Vaccination in the Punjab 1867-1880 - 1867-1880
Year: 1867
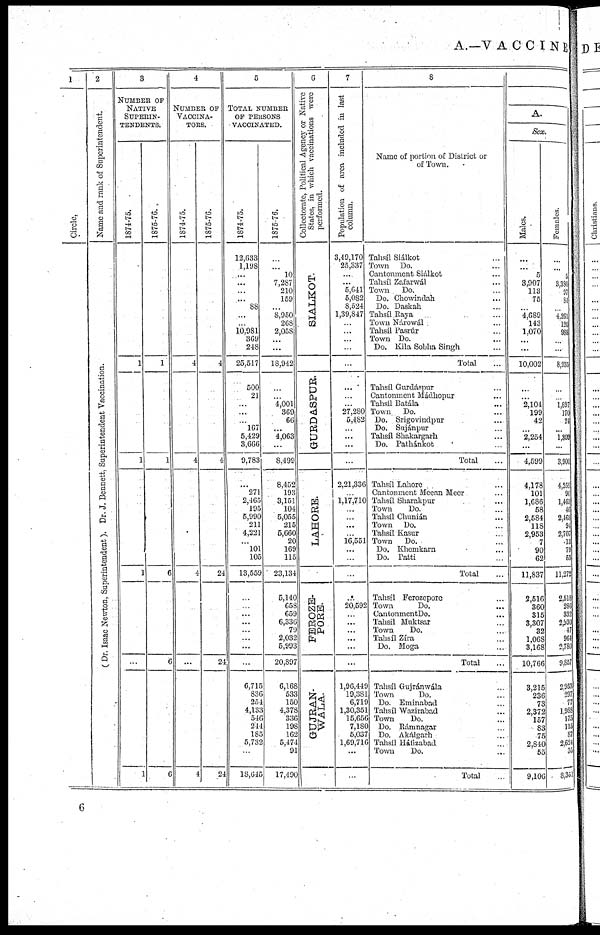
A.— VACCINE
1
Circle,
2
Name and rank of Superintendent.
( Dr. Isaac Newton, Superintendent). Dr. J. Bennett, Superintendent Vaccination.
3
NUMBER OF
NATIVE
SUPERIN¬
---------
1874-75.
1
1
1
...
1
1875-7G.
1
1
6
6
6
4
NUMBER OF
VACCINA¬
----.
1874-75.
4
4
4
...
4
1875-7G.
4
4
24
24
24
5
TOTAL NUMBER
OF PERSONS
VACCINATED.
1874-75.
12,033
1,198
...
...
...
...
88
...
...
10,981
369
248
25,517
500
21
...
...
...
167
5,429
3,666
9,783
...
271
2,465
195
5,990
211
4,221
...
101
105
13,5559
...
...
...
...
...
...
...
...
6,715
836
254
4,133
546
244
185
5,732
...
18,645
1875-76.
...
...
10
7,287
210
159
...
8,950
268
2,058
...
...
18,942
...
...
4,001
369
66
...
4,063
...
8,499
8,452
193
3,151
104
5,055
215
5,660
20
169
115
23,134
5,140
658
659
6,336
79
2,032
5,993
20,897
6,168
533
150
4,373
336
198
162
5,474
91
17,490
6
Collectorate, Political Agency or Native
States. in which vaccinations were
performed.
SIALKOT.
GURDASPUR.
LAHORE.
FEROZE¬
PORE.
GUJRAN¬
WALA.
7
Population of area included in last
column.
3,19,170
25,337
...
...
5,641
5,082
8,524
1,39,847
...
...
...
...
...
...
...
...
27,280
5,482
...
...
...
...
2,21,336
...
1,17,710
...
...
...
...
16,551
...
...
...
...
20,592
...
...
...
...
...
...
1,96,440
19,381
6,719
1,30,351
15,656
7,180
5,037
1,69,716
...
...
8
Name of portion of District or
of Town.
Tahsíl Siálkot ...
Town Do. ...
Cantonment Siálkot ...
Talisíl Zafarwál ...
Town
Do. ...
Do. Chowindah ...
Do. Daskah ...
Tahsíl Raya ...
Town Nárowál ...
Tahsíl Pasrúr ...
Town Do. ...
Do. Kila Sobha Singh ...
Total ...
Tahsíl Gurdáspur ...
Cantonment Mádhopur ...
Tahsíl Batála ...
Town
Do. ...
Do. Srigovindpur ...
Do. Sujánpur ...
Tahsíl Shakargarh ...
Do. Pathánkot ...
Total ...
Tahsíl Lahore ...
Cantonment Meean Meer ...
Tahsíl Sharakpur ...
Town
Do. ...
Tahsíl Chunián ...
Town Do. ...
Tahsíl Kasur ...
Town
Do. ...
Do. Khemkarn ...
Do. Patti ...
Total ...
Tahsíl Ferozepore ...
Town
Do. ...
CantonmentDo. ...
Tahsíl Muktsar ...
Town
Do. ...
Tahsíl Zíra ...
Do. Moga ...
Total ...
Tahsíl Gujránwála ...
Town
Do. ...
Do. Eminabad ...
Tahsíl Wazirabad ...
Town
Do. ...
Do. Rámnagar ...
Do. Akálgarh ...
Tahsíl lláfìabad ...
Town
Do. ...
Total ...
A.
Sex.
Males.
...
...
5
3,907
113
75
...
4,689
143
1,070
...
...
10,002
...
...
2,104
199
42
...
2,254
...
4,599
4,178
101
1,686
58
2,584
118
2,953
7
90
62
11,837
2,516
360
315
3,307
32
1,068
3,168
10,766
3,215
236
73
2,372
157
88
75
2,840
55
9,106
Females.
...
...
5
3,380
97
84
...
4,261
120
988
...
...
8,935
...
...
1,897
170
24
...
1,809
...
3,900
4,259
90
1,463
46
2,163
94
2,707
13
79
63
11,272
2,518
286
332
2,930
47
964
2,780
9,857
2,953
297
77
1,988
175
115
87
2,624
35
8,351
6